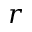
r